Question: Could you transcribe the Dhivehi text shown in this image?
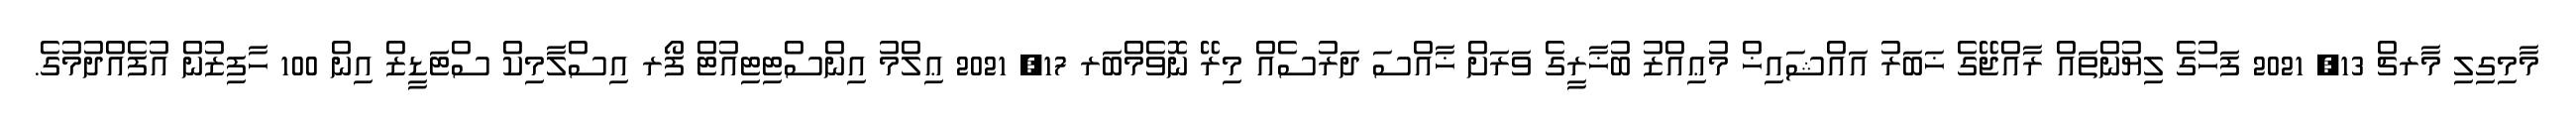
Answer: މާމިގިލި މާރޗް 13, 2021 ފަހުގެ ލިޔުންތައް ރާއްޖޭގެ ޚަބަރު އައްޝައިޚް މުޢިއްޒު ބުޚާރީގެ ވަރަށް ޚާއްސަ ދަރުސެއް މިރޭ ނޮވެމްބަރ 17, 2021 ޢިލްމު އިންސްޓިޓިއުޓް ފޯރ އިސްލާމިކް ސްޓަޑީޒް އިން 100 ހާފިޒުން އުފެއްދުމުގެ.